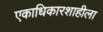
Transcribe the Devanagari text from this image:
एकाधिकारशाहीला